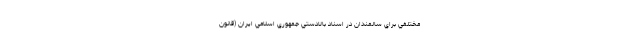
مختلفي براي سالمندان در اسناد بالادستي جمهوري اسلامي ايران (قانون